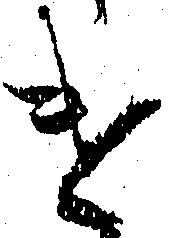
け